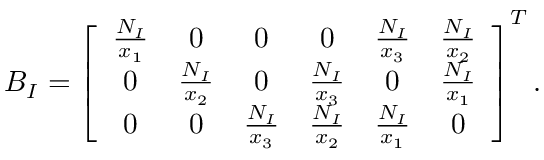
\boldsymbol { B } _ { I } = \left[ \begin{array} { c c c c c c } { \frac { N _ { I } } { x _ { 1 } } } & { 0 } & { 0 } & { 0 } & { \frac { N _ { I } } { x _ { 3 } } } & { \frac { N _ { I } } { x _ { 2 } } } \\ { 0 } & { \frac { N _ { I } } { x _ { 2 } } } & { 0 } & { \frac { N _ { I } } { x _ { 3 } } } & { 0 } & { \frac { N _ { I } } { x _ { 1 } } } \\ { 0 } & { 0 } & { \frac { N _ { I } } { x _ { 3 } } } & { \frac { N _ { I } } { x _ { 2 } } } & { \frac { N _ { I } } { x _ { 1 } } } & { 0 } \end{array} \right] ^ { T } .